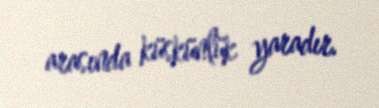
arasında küskünlük yaradır.